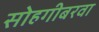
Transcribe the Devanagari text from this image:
सोहगीबरवा